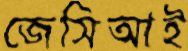
জেসিআই